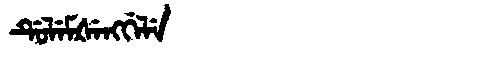
Manchu: ᡩᡠᠯᡝᠮᡧᡝᠩᡤᡝᠯᡝ
Romanization: DULEMŠENGGELE